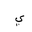
Letter: _ya